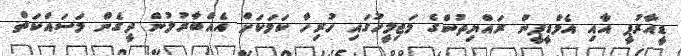
ޑީއާރުޕީ އާއި އެމްޑީޕީން ރައްޔިތުންގެ މަޖިލީހުގައި ހުރިހާ ކަމަކަށް އެއްބާރުލުން ދީގެން މަސައްކަތް